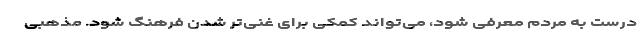
درست به مردم معرفی شود، می‌تواند کمکی برای غنی‌تر شدن فرهنگ شود. مذهبی